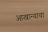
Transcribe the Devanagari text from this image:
आखान्याचा